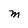
Character: M